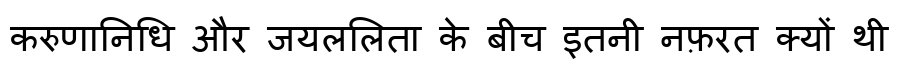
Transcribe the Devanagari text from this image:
करुणानिधि और जयललिता के बीच इतनी नफ़रत क्यों थी